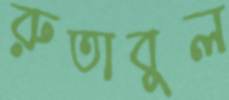
রুতাবুল